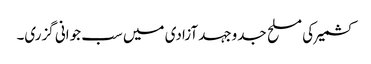
کشمیر کی مسلح جدوجہد آزادی میں سب جوانی گزری۔